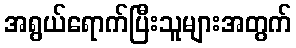
အရွယ်ရောက်ပြီးသူများအတွက်